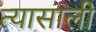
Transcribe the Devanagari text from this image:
त्‍यासाली